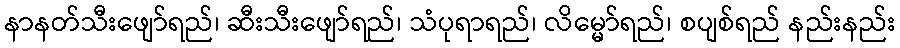
နာနတ်သီးဖျော်ရည်၊ ဆီးသီးဖျော်ရည်၊ သံပုရာရည်၊ လိမ္မော်ရည်၊ စပျစ်ရည် နည်းနည်း